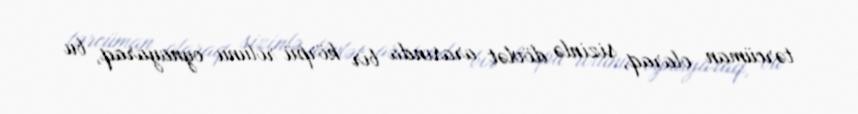
tərcüman olaraq, sizinlə dövlət arasında bir körpü rolunu oynayaraq, bu